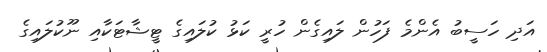
އަދި ހަސީބު އެންމެ ފަހުން ލައިގެން ހުރީ ކަޅު ކުލައިގެ ޓީޝާޓަކާއި ނޫކުލައިގެ